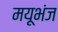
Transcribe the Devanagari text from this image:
मयूभंज